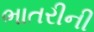
ભાતરીની